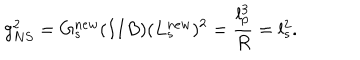
LaTeX: g _ { N S } ^ { 2 } = G _ { s } ^ { n e w } ( I I B ) ( L _ { s } ^ { n e w } ) ^ { 2 } = \frac { l _ { p } ^ { 3 } } { R } = l _ { s } ^ { 2 } .